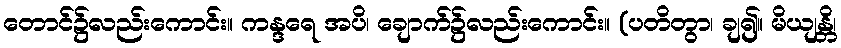
တောင်၌လည်းကောင်း။ ကန္ဒရေ အပိ၊ ချောက်၌လည်းကောင်း။ (ပတိတွာ၊ ချ၍။ မိယျန္တိ၊